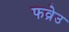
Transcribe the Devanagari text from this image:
फव्रेउ